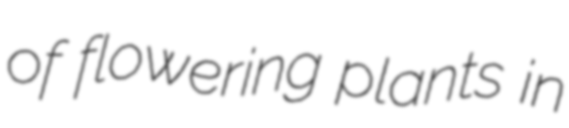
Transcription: of flowering plants in